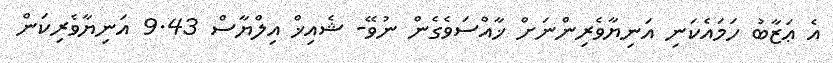
އެ ޢަޒާބު ހަމައެކަނި އަނިޔާވެރިންނަށް ޚާއްސަވެގެން ނުވޭ- ޝެއިޚް އިލްޔާސް 9.43 އަނިޔާވެރިކަން